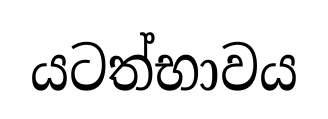
යටත්භාවය